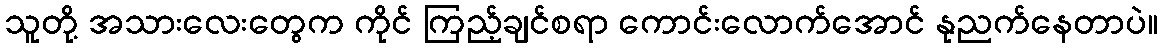
သူတို့ အသားလေးတွေက ကိုင် ကြည့်ချင်စရာ ကောင်းလောက်အောင် နုညက်နေတာပဲ။